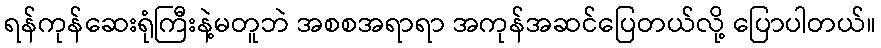
ရန်ကုန်ဆေးရုံကြီးနဲ့မတူဘဲ အစစအရာရာ အကုန်အဆင်ပြေတယ်လို့ ပြောပါတယ်။